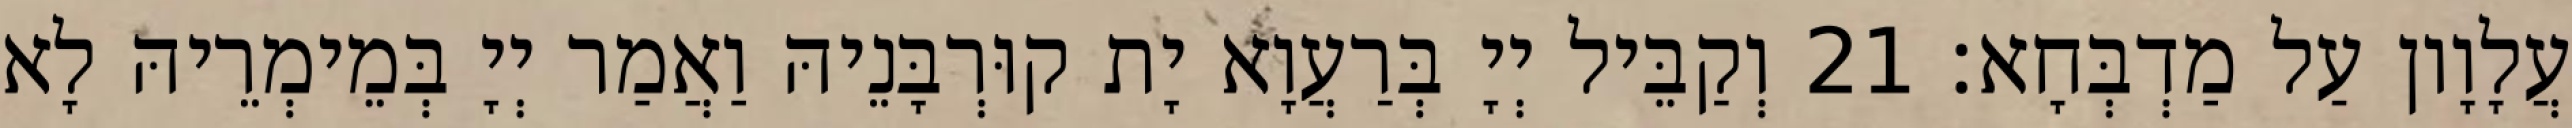
עֲלָוָון עַל מַדְבְּחָא׃ 21 וְקַבֵּיל יְיָ בְּרַעֲוָא יָת קוּרְבָּנֵיהּ וַאֲמַר יְיָ בְּמֵימְרֵיהּ לָא